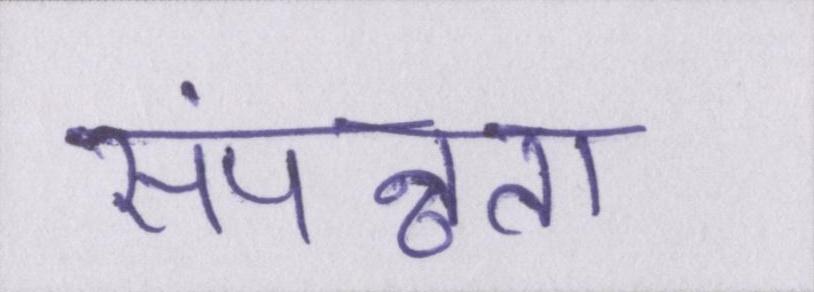
संपन्नता